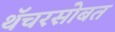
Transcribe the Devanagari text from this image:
थॅचरसोबत